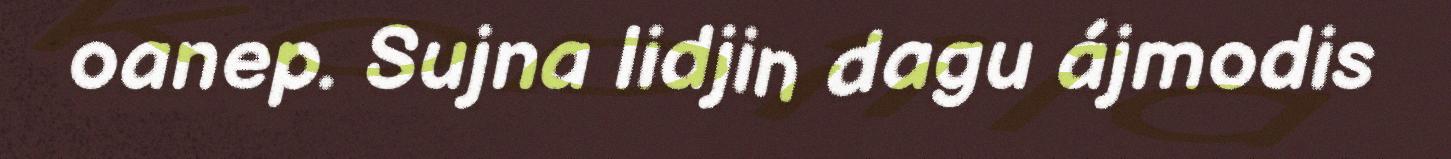
oanep. Sujna lidjin dagu ájmodis